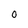
Character: O